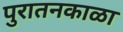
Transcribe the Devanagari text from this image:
पुरातनकाळा